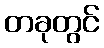
တခုတွင်